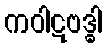
ကဝါဋဗဒ္ဓါ